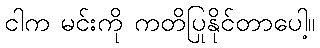
ငါက မင်းကို ကတိပြုနိုင်တာပေါ့။